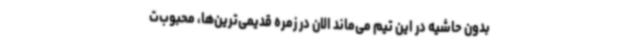
بدون حاشیه در این تیم می‌ماند الان در زمره قدیمی‌ترین‌ها، محبوب‌ت